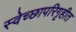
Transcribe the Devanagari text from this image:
स्वेच्छापरिगृहीत